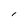
Character: l